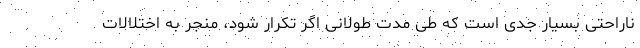
ناراحتی بسیار جدی است که طی مدت طولانی اگر تکرار شود، منجر به اختلالات